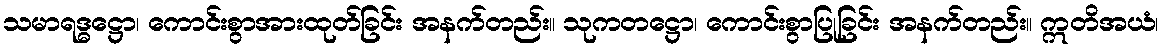
သမာရဒ္ဓဋ္ဌော၊ ကောင်းစွာအားထုတ်ခြင်း အနက်တည်း။ သုကတဋ္ဌော၊ ကောင်းစွာပြုခြင်း အနက်တည်း။ ဣတိအယံ၊